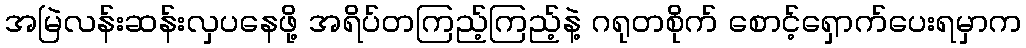
အမြဲလန်းဆန်းလှပနေဖို့ အရိပ်တကြည့်ကြည့်နဲ့ ဂရုတစိုက် စောင့်ရှောက်ပေးရမှာက